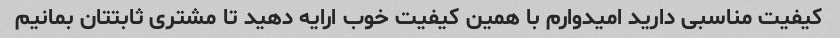
کیفیت مناسبی دارید امیدوارم با همین کیفیت خوب ارایه دهید تا مشتری ثابتتان بمانیم